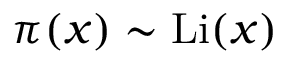
\pi ( x ) \sim \operatorname { L i } ( x )